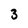
Character: 3